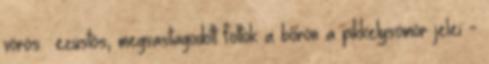
vörös ezüstös, megvastagodott foltok a bőrön a pikkelysömör jelei -